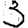
Digit: 3